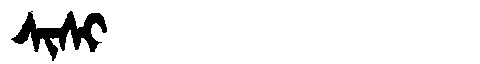
Manchu: ᠰᡳᠰᡳ
Romanization: SISI